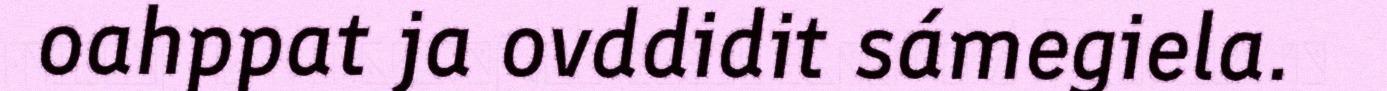
oahppat ja ovddidit sámegiela.